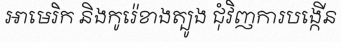
អាមេរិក និងកូរ៉េខាងត្បូង ជុំវិញការបង្កើន